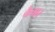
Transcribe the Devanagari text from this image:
कैवार